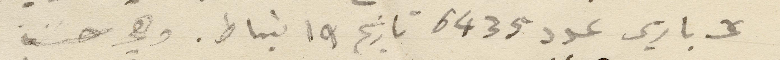
على باريس عدد ٦٤٣٥ تاريخ ١٩ شباط. وهي حسنة